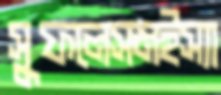
সুফলেসমইস্যা